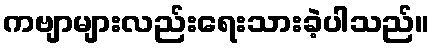
ကဗျာများလည်းရေးသားခဲ့ပါသည်။